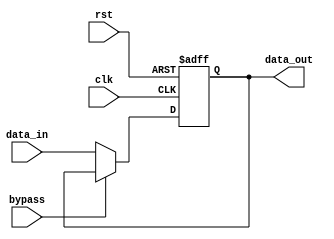
module Cascade_Bypass_Register (
    input wire clk, 
    input wire rst, 
    input wire bypass, 
    input wire [31:0] data_in, 
    output reg [31:0] data_out
);

reg [31:0] register;

always @(posedge clk or posedge rst) begin
    if (rst) begin
        register <= 32'h0;
    end else begin
        if (bypass) begin
            register <= register;
        end else begin
            register <= data_in;
        end
    end
end

assign data_out = register;

endmodule